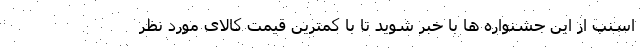
اسنپ از این جشنواره ها با خبر شوید تا با کمترین قیمت کالای مورد نظر